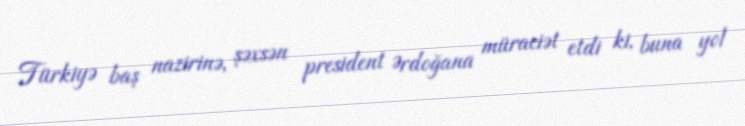
Türkiyə baş nazirinə, şəxsən president Ərdoğana müraciət etdi ki, buna yol